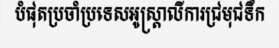
បំផុតប្រចាំប្រទេសអូស្ត្រាលីការជ្រមុជទឹក